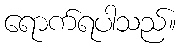
ရောက်ရပါသည်။